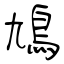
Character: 鳩